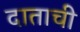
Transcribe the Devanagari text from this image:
दाताची